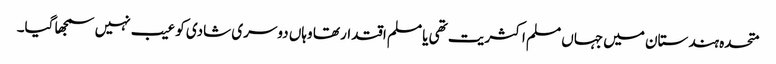
متحدہ ہندستان میں جہاں مسلم اکثریت تھی یا مسلم اقتدار تھا وہاں دوسری شادی کو عیب نہیں سمجھا گیا۔